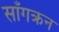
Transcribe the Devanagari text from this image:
साँगक्रन